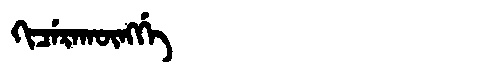
Manchu: ᡴᡳᠴᡝᡵᠠᡴᡡᠩᡤᡝ
Romanization: KICERAKŪNGGE